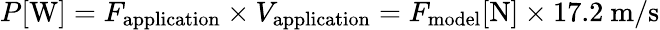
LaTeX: P[\mathrm{W}]=F_{\mathrm{application}}\times V_{\mathrm{application}}=F_{\mathrm{model}}[\mathrm{N}]\times 17.2\ \mathrm{m/s}